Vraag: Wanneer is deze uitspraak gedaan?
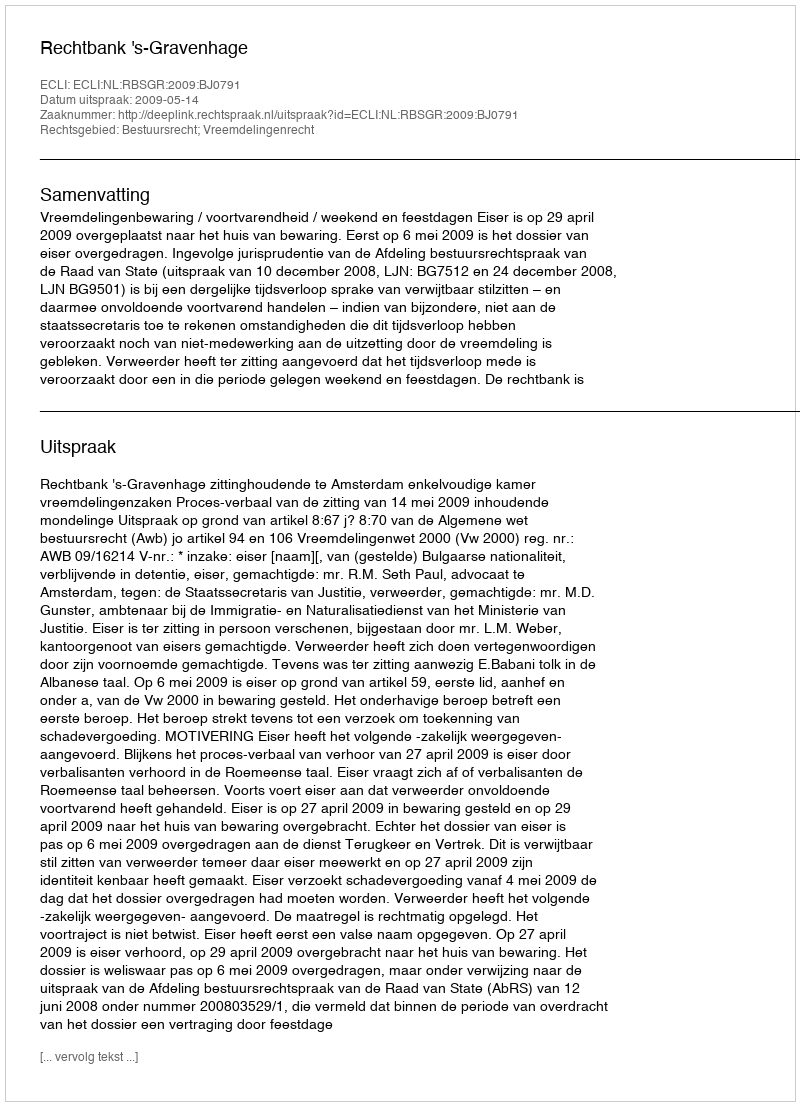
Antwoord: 2009-05-14